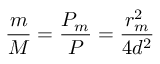
\frac { m } { M } = \frac { P _ { m } } { P } = \frac { r _ { m } ^ { 2 } } { 4 d ^ { 2 } }